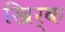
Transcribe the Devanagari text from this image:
खिर्क